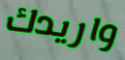
واريدك